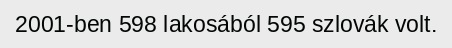
2001-ben 598 lakosából 595 szlovák volt.